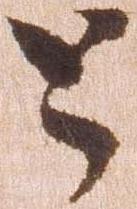
と